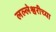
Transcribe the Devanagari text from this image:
लल्लेश्वरीच्या